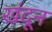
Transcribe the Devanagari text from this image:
खंदून